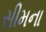
સીમના